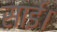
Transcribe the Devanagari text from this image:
साई।